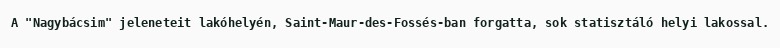
A "Nagybácsim" jeleneteit lakóhelyén, Saint-Maur-des-Fossés-ban forgatta, sok statisztáló helyi lakossal.